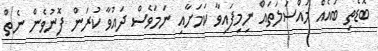
ބޮޑެތި ބައެއް މައްސަލަތައް ނިމިފައިވާ ކަމަށާއި ނަމަވެސް ދައުވާ ކުރަން ފޮނުވެން ނެތް